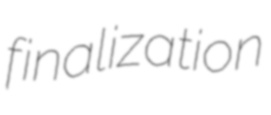
finalization